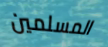
المسلمين